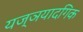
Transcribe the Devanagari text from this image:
यज्ञयादगिक